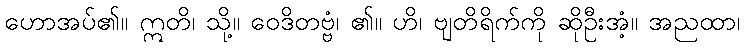
ဟောအပ်၏။ ဣတိ၊ သို့။ ဝေဒိတဗ္ဗံ၊ ၏။ ဟိ၊ ဗျတိရိက်ကို ဆိုဦးအံ့။ အညထာ၊